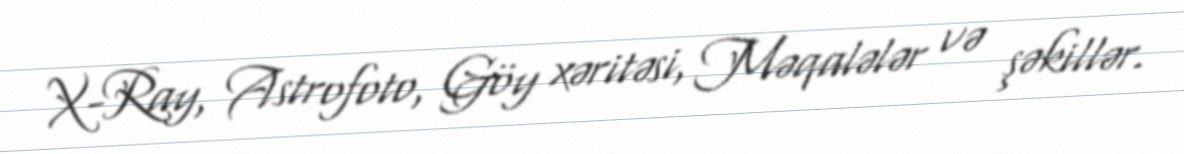
X-Ray, Astrofoto, Göy xəritəsi, Məqalələr və şəkillər.